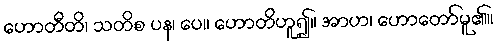
ဟောတီတိ၊ သတိစ ပန၊ ပေ။ ဟောတိဟူ၍။ အာဟ၊ ဟောတော်မူ၏။